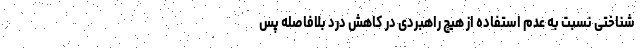
شناختی نسبت به عدم استفاده از هیچ راهبردی در کاهش درد بلافاصله پس